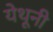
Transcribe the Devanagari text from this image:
येथूनी